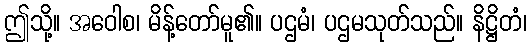
ဤသို့။ အဝေါစ၊ မိန့်တော်မူ၏။ ပဌမံ၊ ပဌမသုတ်သည်။ နိဋ္ဌိတံ၊